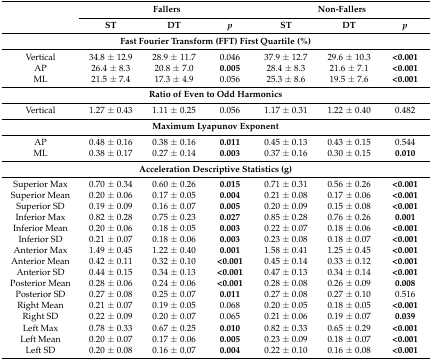
<table><thead><tr><td rowspan="2"></td><td colspan="3"><b>Fallers</b></td><td colspan="3"><b>Non-Fallers</b></td></tr><tr><td><b>ST</b></td><td><b>DT</b></td><td><b><i>p</i></b></td><td><b>ST</b></td><td><b>DT</b></td><td><b><i>p</i></b></td></tr></thead><tbody><tr><td colspan="7"><b>Fast Fourier Transform (FFT) First Quartile (%)</b></td></tr><tr><td>Vertical</td><td>34.8 ± 12.9</td><td>28.9 ± 11.7</td><td>0.046</td><td>37.9 ± 12.7</td><td>29.6 ± 10.3</td><td><b>&lt;0.001</b></td></tr><tr><td>AP</td><td>26.4 ± 8.3</td><td>20.8 ± 7.0</td><td><b>0.005</b></td><td>28.4 ± 8.3</td><td>21.6 ± 7.1</td><td><b>&lt;0.001</b></td></tr><tr><td>ML</td><td>21.5 ± 7.4</td><td>17.3 ± 4.9</td><td>0.056</td><td>25.3 ± 8.6</td><td>19.5 ± 7.6</td><td><b>&lt;0.001</b></td></tr><tr><td colspan="7"><b>Ratio of Even to Odd Harmonics</b></td></tr><tr><td>Vertical</td><td>1.27 ± 0.43</td><td>1.11 ± 0.25</td><td>0.056</td><td>1.17 ± 0.31</td><td>1.22 ± 0.40</td><td>0.482</td></tr><tr><td colspan="7"><b>Maximum Lyapunov Exponent</b></td></tr><tr><td>AP</td><td>0.48 ± 0.16</td><td>0.38 ± 0.16</td><td><b>0.011</b></td><td>0.45 ± 0.13</td><td>0.43 ± 0.15</td><td>0.544</td></tr><tr><td>ML</td><td>0.38 ± 0.17</td><td>0.27 ± 0.14</td><td><b>0.003</b></td><td>0.37 ± 0.16</td><td>0.30 ± 0.15</td><td><b>0.010</b></td></tr><tr><td colspan="7"><b>Acceleration Descriptive Statistics (g)</b></td></tr><tr><td>Superior Max </td><td>0.70 ± 0.34</td><td>0.60 ± 0.26</td><td><b>0.015</b></td><td>0.71 ± 0.31</td><td>0.56 ± 0.26</td><td><b>&lt;0.001</b></td></tr><tr><td>Superior Mean</td><td>0.20 ± 0.06</td><td>0.17 ± 0.05</td><td><b>0.004</b></td><td>0.21 ± 0.08</td><td>0.17 ± 0.06</td><td><b>&lt;0.001</b></td></tr><tr><td>Superior SD</td><td>0.19 ± 0.09</td><td>0.16 ± 0.07</td><td><b>0.005</b></td><td>0.20 ± 0.09</td><td>0.15 ± 0.08</td><td><b>&lt;0.001</b></td></tr><tr><td>Inferior Max</td><td>0.82 ± 0.28</td><td>0.75 ± 0.23</td><td><b>0.027</b></td><td>0.85 ± 0.28</td><td>0.76 ± 0.26</td><td><b>0.001</b></td></tr><tr><td>Inferior Mean</td><td>0.20 ± 0.06</td><td>0.18 ± 0.05</td><td><b>0.003</b></td><td>0.22 ± 0.07</td><td>0.18 ± 0.06</td><td><b>&lt;0.001</b></td></tr><tr><td>Inferior SD</td><td>0.21 ± 0.07</td><td>0.18 ± 0.06</td><td><b>0.003</b></td><td>0.23 ± 0.08</td><td>0.18 ± 0.07</td><td><b>&lt;0.001</b></td></tr><tr><td>Anterior Max</td><td>1.49 ± 0.45</td><td>1.22 ± 0.40</td><td><b>0.001</b></td><td>1.58 ± 0.41</td><td>1.25 ± 0.45</td><td><b>&lt;0.001</b></td></tr><tr><td>Anterior Mean</td><td>0.42 ± 0.11</td><td>0.32 ± 0.10</td><td><b>&lt;0.001</b></td><td>0.45 ± 0.14</td><td>0.33 ± 0.12</td><td><b>&lt;0.001</b></td></tr><tr><td>Anterior SD</td><td>0.44 ± 0.15</td><td>0.34 ± 0.13</td><td><b>&lt;0.001</b></td><td>0.47 ± 0.13</td><td>0.34 ± 0.14</td><td><b>&lt;0.001</b></td></tr><tr><td>Posterior Mean</td><td>0.28 ± 0.06</td><td>0.24 ± 0.06</td><td><b>&lt;0.001</b></td><td>0.28 ± 0.08</td><td>0.26 ± 0.09</td><td><b>0.008</b></td></tr><tr><td>Posterior SD</td><td>0.27 ± 0.08</td><td>0.25 ± 0.07</td><td><b>0.011</b></td><td>0.27 ± 0.08</td><td>0.27 ± 0.10</td><td>0.516</td></tr><tr><td>Right Mean</td><td>0.21 ± 0.07</td><td>0.19 ± 0.05</td><td>0.068</td><td>0.20 ± 0.05</td><td>0.18 ± 0.05</td><td><b>&lt;0.001</b></td></tr><tr><td>Right SD</td><td>0.22 ± 0.09</td><td>0.20 ± 0.07</td><td>0.065</td><td>0.21 ± 0.06</td><td>0.19 ± 0.07</td><td><b>0.039</b></td></tr><tr><td>Left Max</td><td>0.78 ± 0.33</td><td>0.67 ± 0.25</td><td><b>0.010</b></td><td>0.82 ± 0.33</td><td>0.65 ± 0.29</td><td><b>&lt;0.001</b></td></tr><tr><td>Left Mean</td><td>0.20 ± 0.07</td><td>0.17 ± 0.06</td><td><b>0.005</b></td><td>0.23 ± 0.09</td><td>0.18 ± 0.07</td><td><b>&lt;0.001</b></td></tr><tr><td>Left SD</td><td>0.20 ± 0.08</td><td>0.16 ± 0.07</td><td><b>0.004</b></td><td>0.22 ± 0.10</td><td>0.16 ± 0.08</td><td><b>&lt;0.001</b></td></tr></tbody></table>